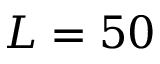
L = 5 0